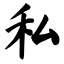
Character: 私